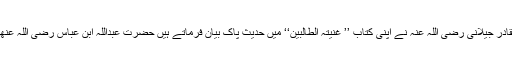
حضور سیدنا عبد القادر جیلانی رضی اللہ عنہٗ نے اپنی کتاب ’’ غُنیتہ الطالبین‘‘ میں حدیث پاک بیان فرماتے ہیں حضرت عبداللہ ابن عباس رضی اللہ عنھما سے روایت ہے۔